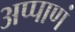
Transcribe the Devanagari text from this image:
अप्पाणं